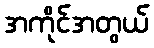
အကိုင်အတွယ်